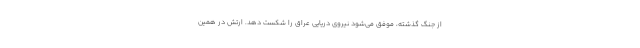
از جنگ گذشته، موفق می‌شود نیروی دریایی عراق را شکست دهد. ارتش در همین